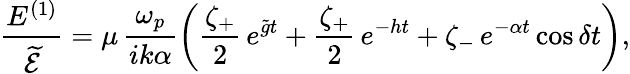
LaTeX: \frac{E^{(1)}}{\widetilde{\mathcal{E}}}=\mu\, \frac{\omega_{p}}{ik\alpha}\left(\frac{\zeta_{+}}2\, e^{\tilde{g}t}+\frac{\zeta_{+}}2\, e^{-ht}+\zeta_{-}\, e^{-\alpha t}\cos{\delta t}\right),